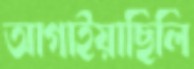
আগাইয়াছিলি